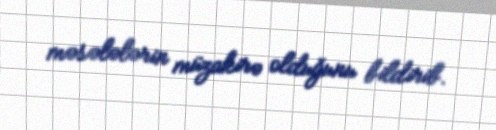
məsələlərin müzakirə olduğunu bildirib.